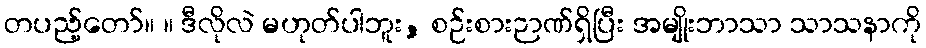
တပည့်တော်။ ။ ဒီလိုလဲ မဟုတ်ပါဘူး, စဉ်းစားဉာဏ်ရှိပြီး အမျိုးဘာသာ သာသနာကို